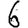
Digit: 6